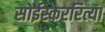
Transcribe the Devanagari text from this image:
सोईस्कररित्या